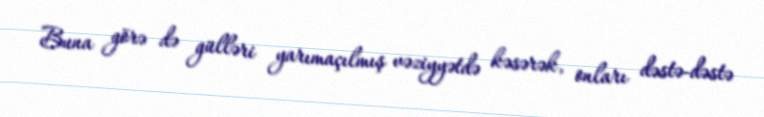
Buna görə də gülləri yarımaçılmış vəziyyətdə kəsərək, onları dəstə-dəstə